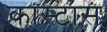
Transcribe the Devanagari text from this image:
कास्टास